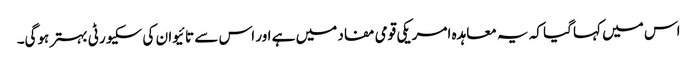
اس میں کہا گیا کہ یہ معاہدہ امریکی قومی مفاد میں ہے اور اس سے تائیوان کی سکیورٹی بہتر ہوگی۔